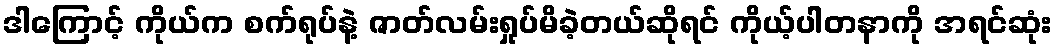
ဒါကြောင့် ကိုယ်က စက်ရုပ်နဲ့ ဇာတ်လမ်းရှုပ်မိခဲ့တယ်ဆိုရင် ကိုယ့်ပါတနာကို အရင်ဆုံး